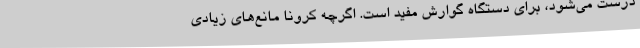
درست می‌شود، برای دستگاه گوارش مفید است. اگرچه کرونا مانع‌های زیادی